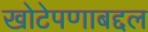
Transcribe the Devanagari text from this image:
खोटेपणाबद्दल